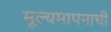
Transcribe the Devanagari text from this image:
मूल्यमापनाची